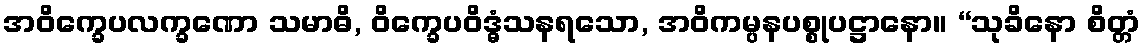
အဝိက္ခေပလက္ခဏော သမာဓိ, ဝိက္ခေပဝိဒ္ဓံသနရသော, အဝိကမ္ပနပစ္စုပဋ္ဌာနော။ “သုခိနော စိတ္တံ